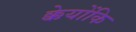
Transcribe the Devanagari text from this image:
क्केयोंकि